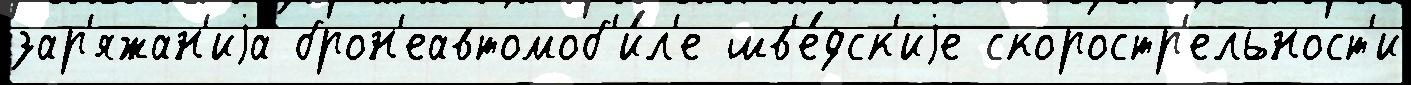
зар'яжан'иjа брон'еавтомоб'и́л'е шв'е́дск'иjе скоростр'ельност'и